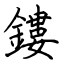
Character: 鏤